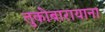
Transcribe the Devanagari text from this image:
तुकोबारायाना